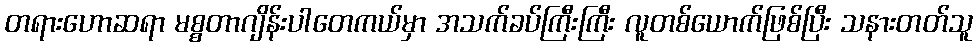
တရားဟောဆရာ မစ္စတာဂျိန်းပါတေကယ်မှာ အသက်ခပ်ကြီးကြီး လူတစ်ယောက်ဖြစ်ပြီး သနားတတ်သူ